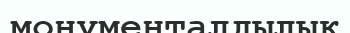
монументалдылық